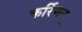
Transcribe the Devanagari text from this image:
कर्रिणन्